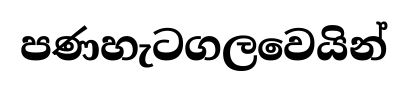
පණහැටගලවෙයින්